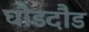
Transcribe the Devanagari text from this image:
घौडदौड